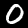
Label: 0